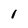
Character: 1